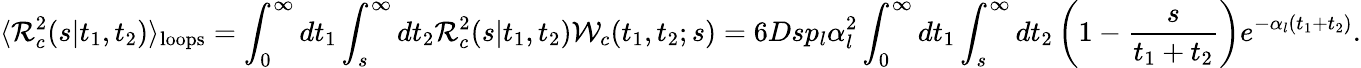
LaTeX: \langle{\cal R}_{c}^{2}(s|t_{1},t_{2})\rangle_{\mathrm{loops}}=\int_{0}^{\infty}dt_{1}\int_{s}^{\infty}dt_{2}{\cal R}_{c}^{2}(s|t_{1},t_{2}){\cal W}_{c}(t_{1},t_{2};s)=6Dsp_{l}\alpha_{l}^{2}\int_{0}^{\infty}dt_{1}\int_{s}^{\infty}dt_{2}\left(1-\frac{s}{t_{1}+t_{2}}\right)e^{-\alpha_{l}(t_{1}+t_{2})}.